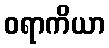
ဝရာကိယာ